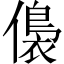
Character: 𱏕